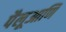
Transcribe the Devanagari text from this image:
पैलूआणि